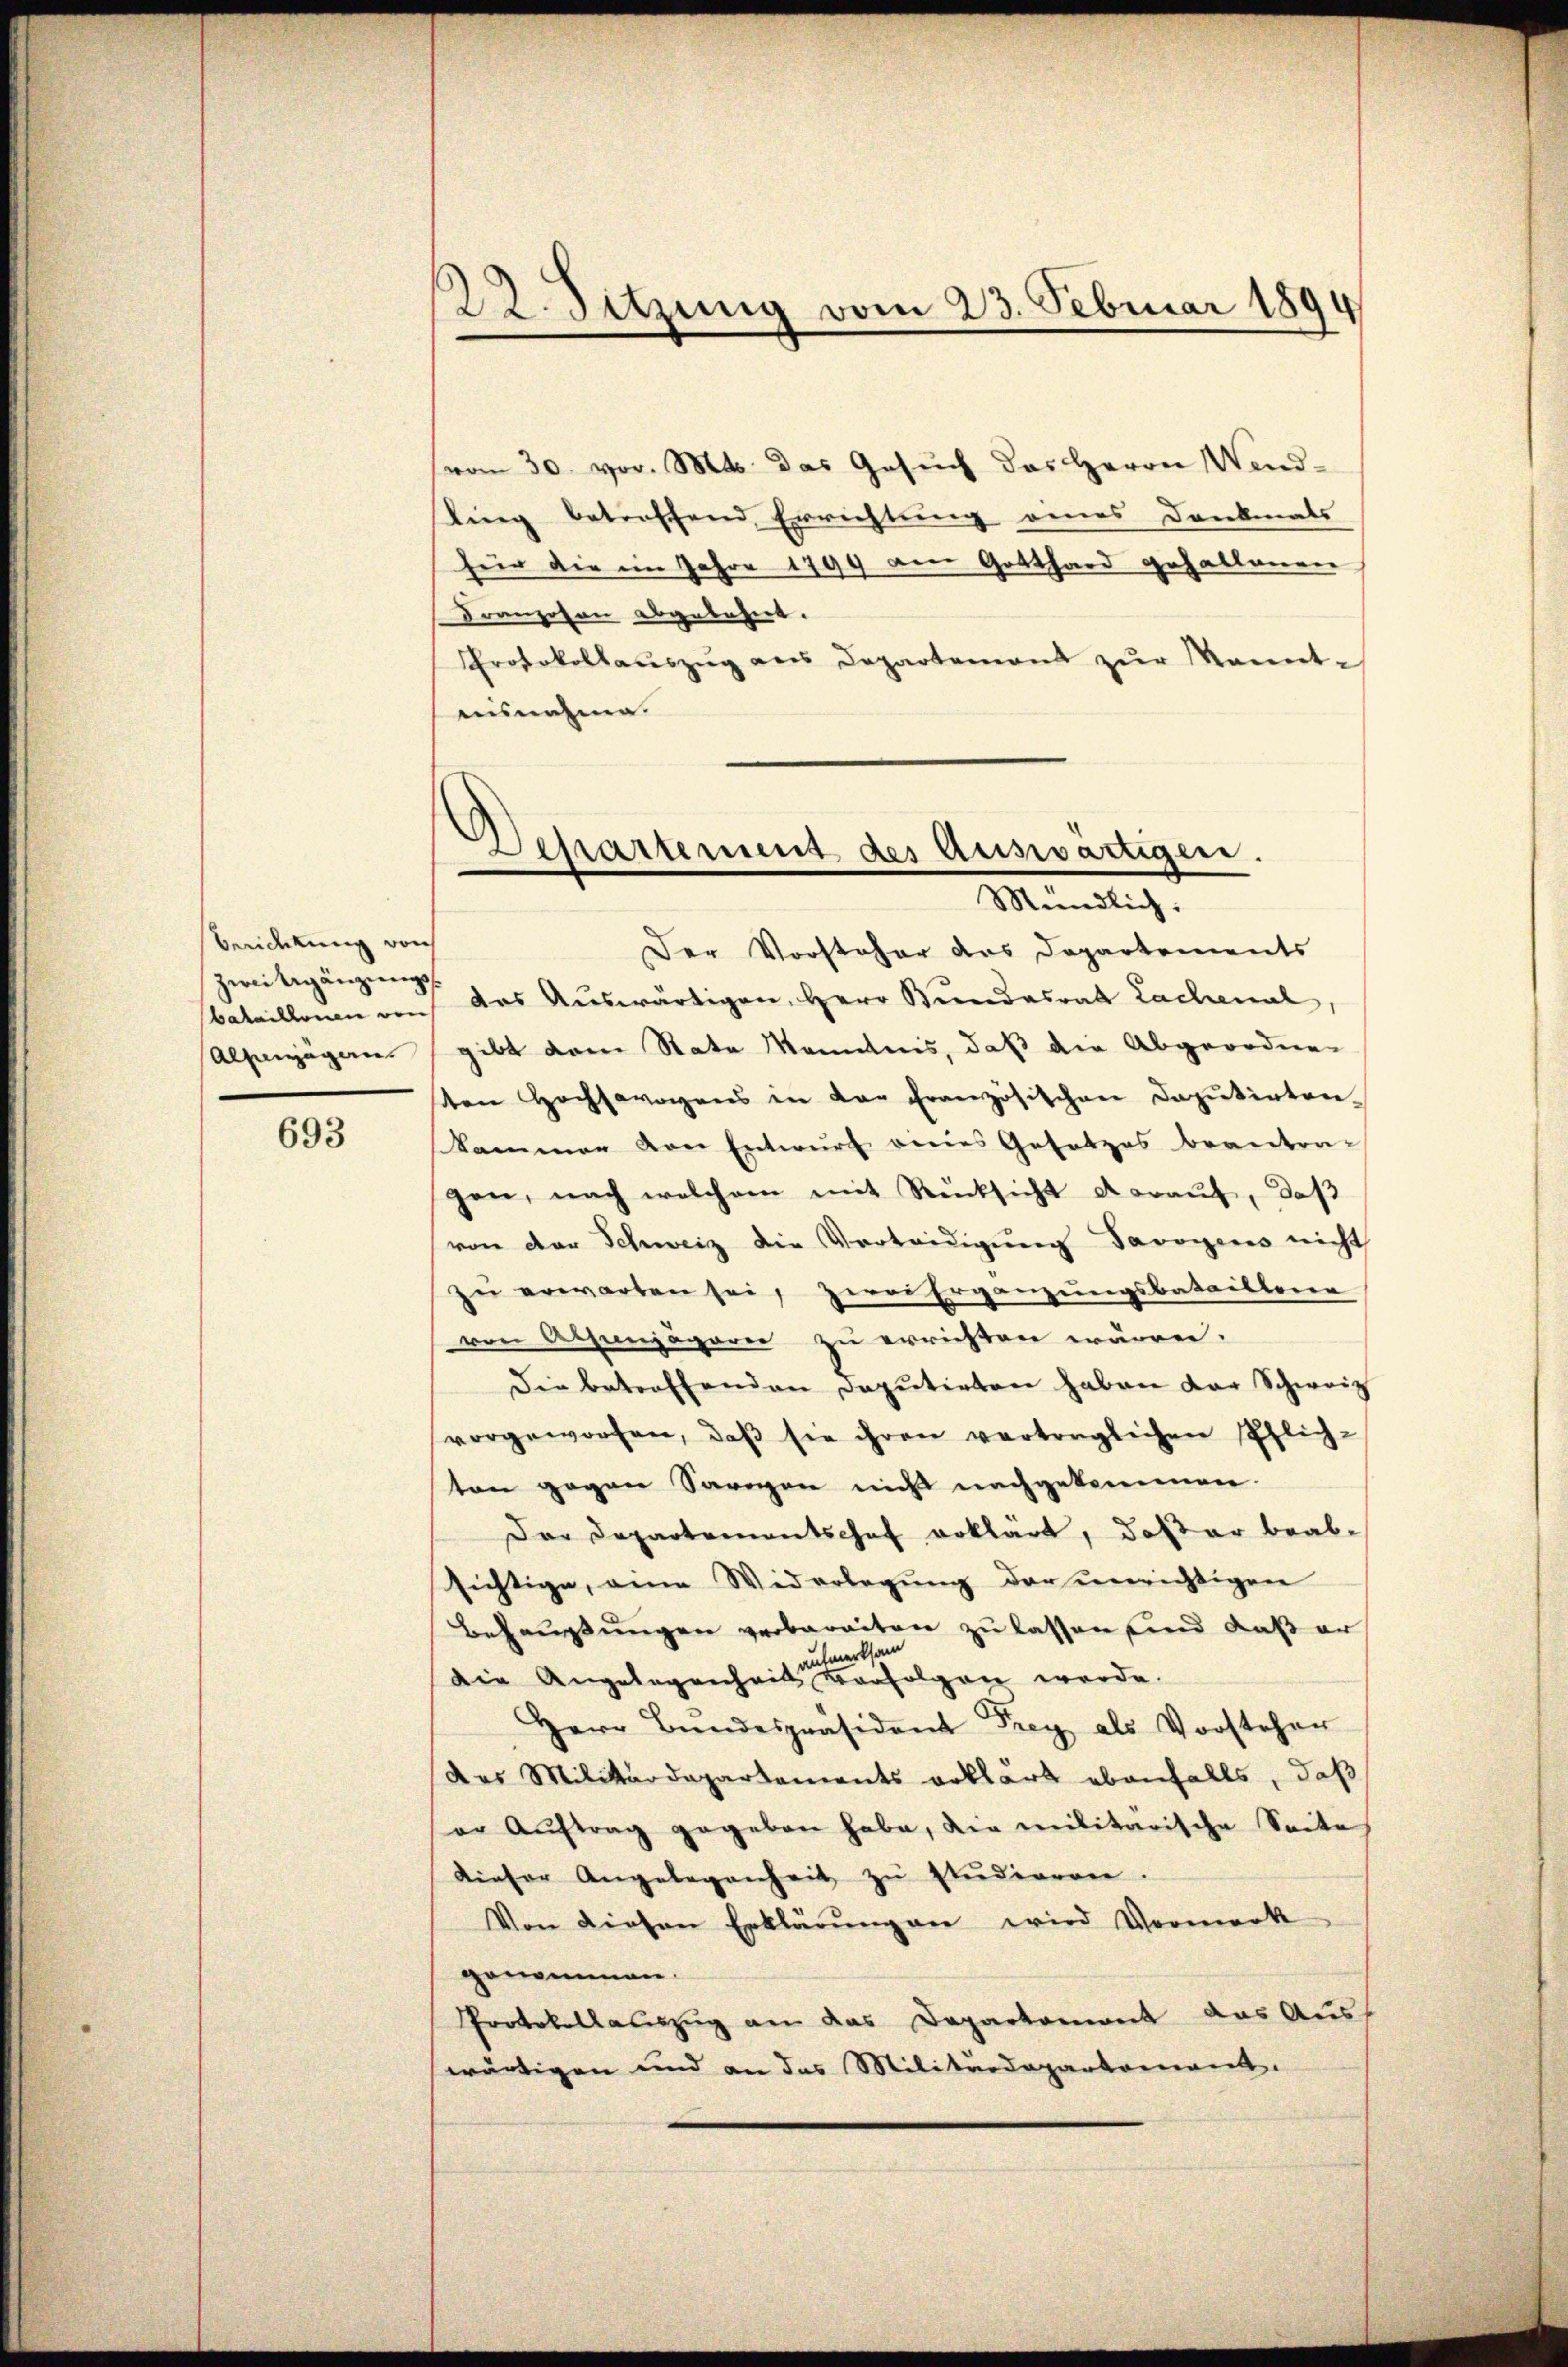
Berichtung von
Bataillonen von

693

vom 30. vor. Mts. das Gesuch das Herrn Wend-
ling betreffend Errichtung eines Dankmals
für die im Jahre 1794 am Gotthard gehaltenen
Franzosen abgelehnt.
Protokollauszug aus Departemont zur Manntausnahme.

22. Sitzung vom 23. Februar 1894

Departement des Auswärtigen.
Mündlich:

Der Vorsteher das Departements
zweitgängen das Auswärtigen, Herr Bundesrat Lachenal
Alprägen gibt dem State Manntnis, daß die Abgeordnen
ten Hochswogens in der französischen Deputirten-
kammer von Entwurf vienes Gesetzes beantra-
gen, nach welchem mit Rücksicht daraŭf, daß
von der Schweiz die Verteidigung Savoyens nicht
zu erwarten sei, zwei Ergänzungsbatailtene
von Absenjägerer zu errichten wären.
Die betreffenden Deputirten haben der Schweiz
vorgeworfen, daβ sie ihren vertraglichen Pflich-
ton gegen Sargen nicht nachgekommen.
Der Departementschof erklärt, daß er beab-
sichtige, eine Widerlegung der unrichtigen
Behausungen verbaraiten zu lassen sind, daß er
hiiert
Die Angelegenheit verfolgen werde.
Herr Bŭndespräsident Frey als Vorsteher
das Militärdepartements erklärt ebenfalls, daß
er Aŭftrag gegeben habe, die militarische Seite
Dieser Angelegenheit zŭ studieren.
Von diesen Erklärŭng an wird Vormerk
genommen.
Protokollauszug an das Departement das Aus-
wärtigen und an das Militärdeparkannt.